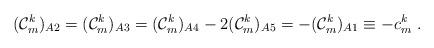
LaTeX: \begin{align*} ({\cal C}^k_m)_{A2} = ({\cal C}^k_m)_{A3} = ({\cal C}^k_m)_{A4} -2 ({\cal C}^k_m)_{A5} = -({\cal C}^k_m)_{A1} \equiv -c^k_m\;.\end{align*}